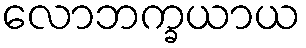
လောဘက္ခယာယ